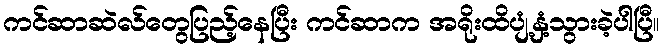
ကင်ဆာဆဲလ်တွေပြည့်နေပြီး ကင်ဆာက အရိုးထိပျံ့နှံ့သွားခဲ့ပါပြီ။